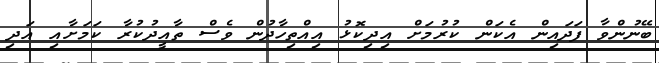
ބޭނުންވާ ފަދައިން އެކަން ކުރުމަށް އިދިކޮޅު އިއްތިހާދުން ވެސް ތާއީދުކުރާ ކަމަށާއި އަދި